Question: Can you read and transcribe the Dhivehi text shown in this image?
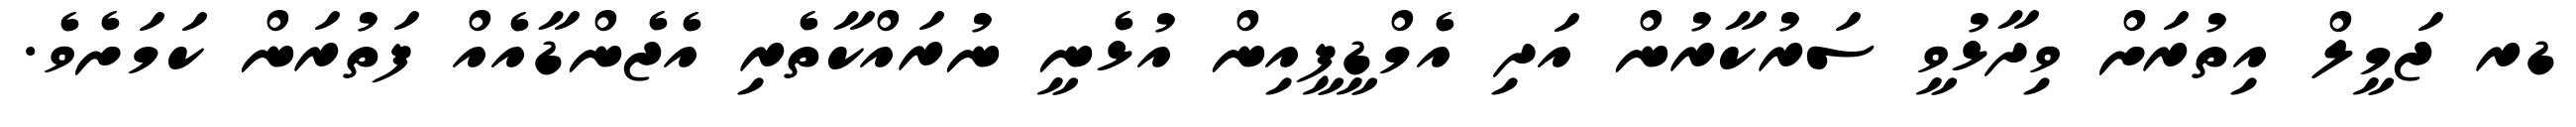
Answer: ޑރ ޖަމީލް އިތުރަށް ވިދާޅުވީ ސަރުކާރުން އަދި އެމްޑީޕީއިން އުޅެނީ ނުރައްކާތެރި އެޖެންޑާއެއް ފަތުރަން ކަމަށެވެ.